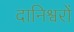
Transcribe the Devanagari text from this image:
दानिश्वरों